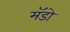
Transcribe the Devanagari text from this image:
मॅडो